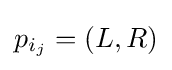
p_{i_{j}}=(L,R)